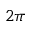
2 \pi